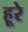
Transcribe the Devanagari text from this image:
हूरे